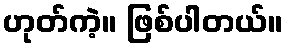
ဟုတ်ကဲ့။ ဖြစ်ပါတယ်။